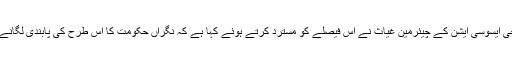
آل پاکستان سی این جی ایسوسی ایشن کے چیئرمین غیاث نے اس فیصلے کو مسترد کرتے ہوئے کہا ہے کہ نگراں حکومت کا اس طرح کی پابندی لگانے کا مینڈیٹ نہیں ہے۔